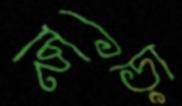
ছিড়া